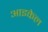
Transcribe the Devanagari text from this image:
आइकेल